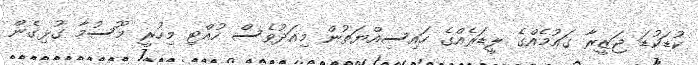
ކުޑަކުޑަ ޖަޒީރާ ގައުމެއްގެ ލީޑަރެއްގެ ހައިސިއްޔަތުން މިއަދުވެސް ހުއްޓި މިހުރީ މޫސުމާ ގުޅިގެން